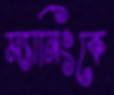
ম্যানিংকে